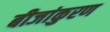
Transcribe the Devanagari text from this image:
बीजांकुरण